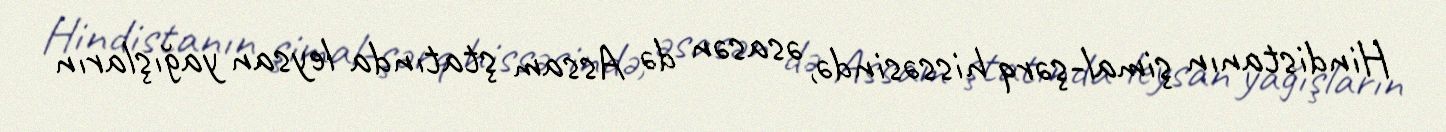
Hindistanın şimal-şərq hissəsində, əsasən də Assam ştatında leysan yağışların